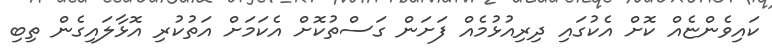
ކައިވެންޏެއް ކޮށް އެކުގައި ދިރިއުޅުމެއް ފަށަން ގަސްތުކޮށް އެކަމަށް އަތުކުރި އޮޅާލައިގެން ތިބި